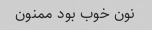
نون خوب بود ممنون